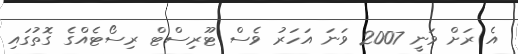
އެ ރަށް ވަނީ 2007 ވަނަ އަހަރު ވެސް ޓޫރިސްޓް ރިސޯޓެއްގެ ގޮތުގައި